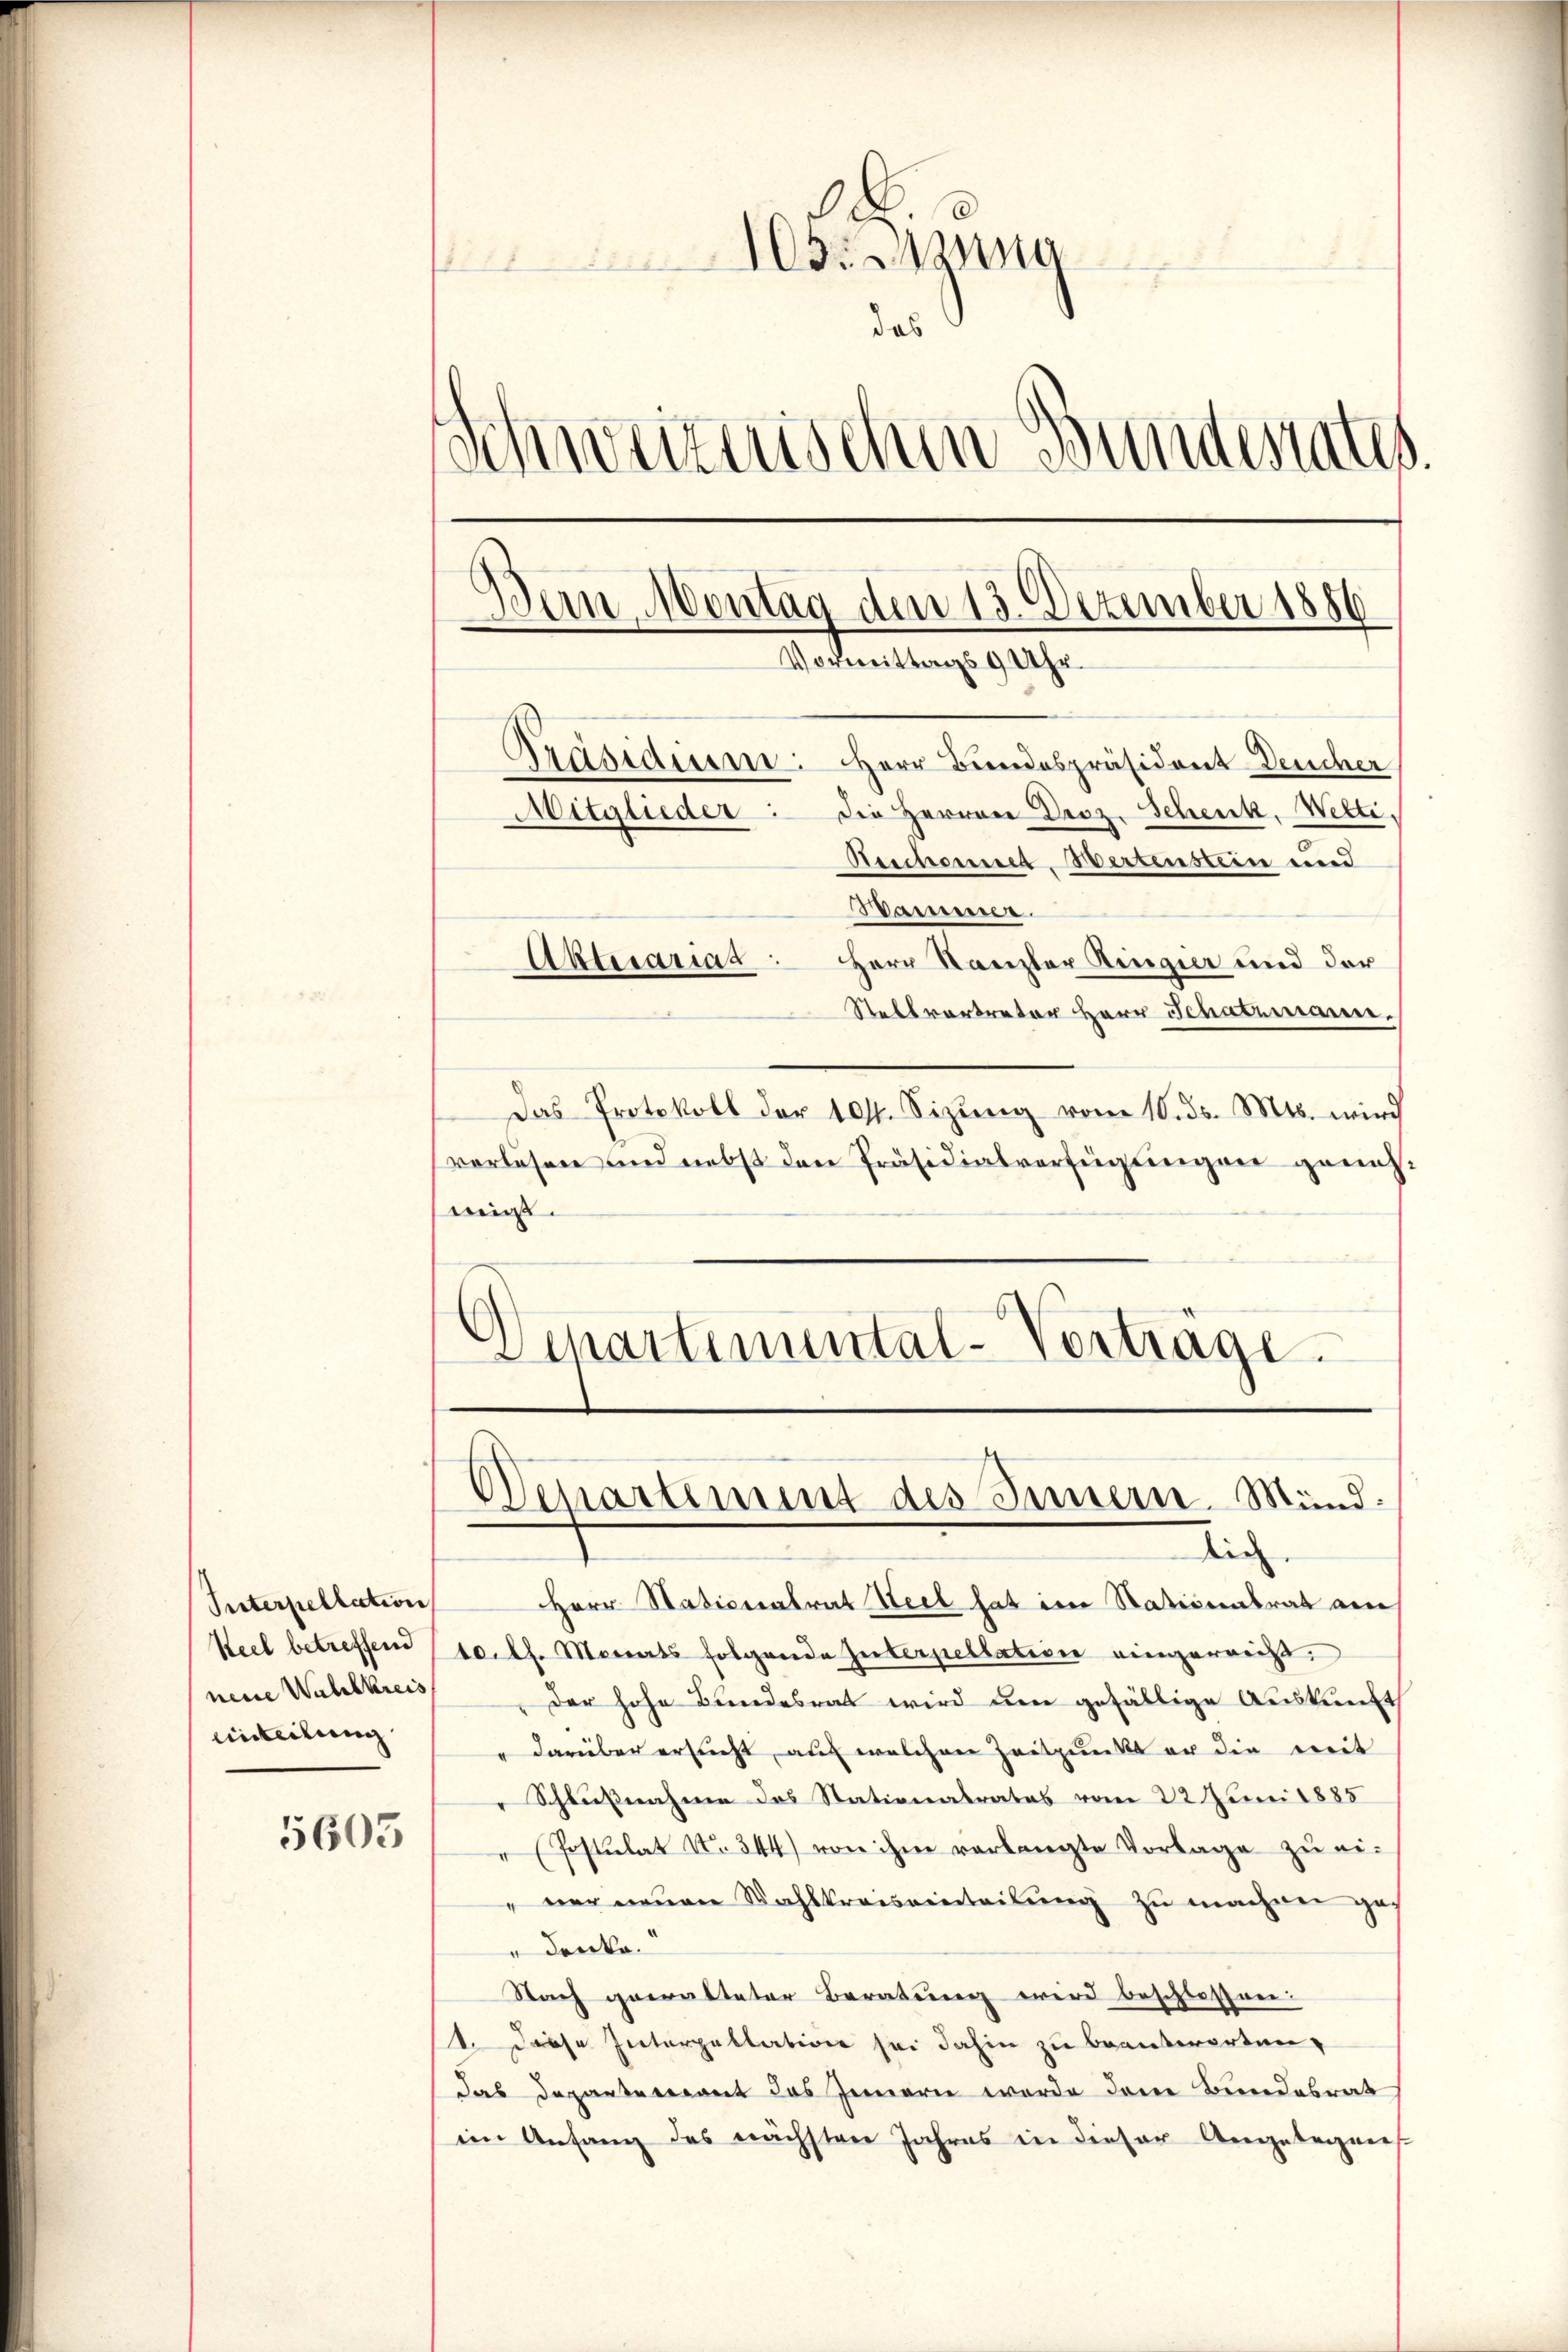
Interpellation
neue Wahlkreis
inteilung
5605

.
103. Aus
das
d
hweizerischen Bundesrates.
Dan Montag den 13. Dezember 1886
Vormittags 9 Uhr
Präsidium: Herr Bundespräsident Deucher
Die Herren Droz. Schenk, Wetti,
Mitglieder:
Reichennet, Wertenstein und
Hammer
Abterariat Herr Kanzler Ringier und der

Stellvertreter Herr Schatzmann.
Das Protokoll der 101. Sizŭng vom 10. ds. Mts. wird
verlesen und nebst den Präsidialverfügungen genehmigt.
.
Schartimental-Verträge.

Rich
Herr Naticeatrat Heil hat im Stativentrat am
Keel betreffend soll. Monats folgende Interpellation eingereicht.
der hohe Bundesrat wird den gefällige Auskunft
darüber ersteht, auf welchen Zeitpunkt er die mit
Schlußnahme des Stationalrates vom 22 Juni 1885
" (Postulat No. 344) von ihm verlangte Vorlage zŭ ei-
" ner neuen Wahlkreiseinteilung zu machen ga
" drücke.
Nach gewalteter Beratung wird beschlossen:
1. Diese Interpellation sei dahin zu beantworten,
das Departenant das Innern werde dem Bundesrat
im Anfang des nächsten Jahres in dieser Angelegens

Denartement des Innern. Mund.